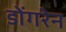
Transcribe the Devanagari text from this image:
डोंगरेन